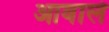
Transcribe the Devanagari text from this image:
आवाले